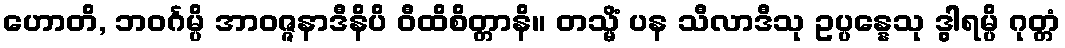
ဟောတိ, ဘဝင်္ဂမ္ပိ အာဝဇ္ဇနာဒီနိပိ ဝီထိစိတ္တာနိ။ တသ္မိံ ပန သီလာဒီသု ဥပ္ပန္နေသု ဒွါရမ္ပိ ဂုတ္တံ